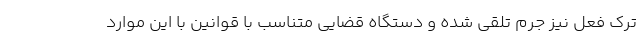
ترک فعل نیز جرم تلقی شده و دستگاه قضایی متناسب با قوانین با این موارد